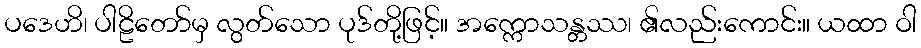
ပဒေဟိ၊ ပါဠိတော်မှ လွတ်သော ပုဒ်တို့ဖြင့်။ အက္ကောသန္တဿ၊ ၏လည်းကောင်း။ ယထာ ဝါ